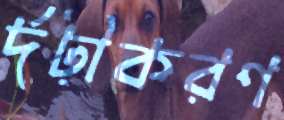
র্দঢ়ীকরণ